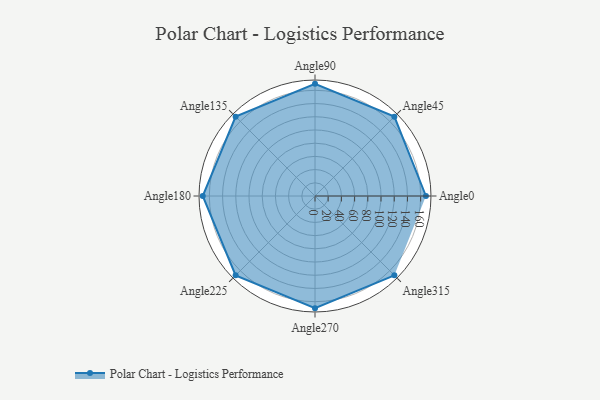
{"axis": {"x": "Angle", "y": "Radius"}, "legend": [""], "data": [{"x": "Angle0", "y": 168.0, "type": ""}, {"x": "Angle45", "y": 170, "type": ""}, {"x": "Angle90", "y": 170, "type": ""}, {"x": "Angle135", "y": 170, "type": ""}, {"x": "Angle180", "y": 170, "type": ""}, {"x": "Angle225", "y": 170, "type": ""}, {"x": "Angle270", "y": 170, "type": ""}, {"x": "Angle315", "y": 170, "type": ""}]}